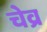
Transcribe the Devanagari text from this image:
चेव्र